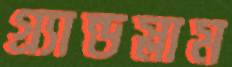
গ্র্যান্ডস্লাম